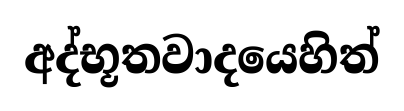
අද්භූතවාදයෙහිත්